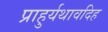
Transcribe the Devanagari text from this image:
प्राहुर्यथावदिह